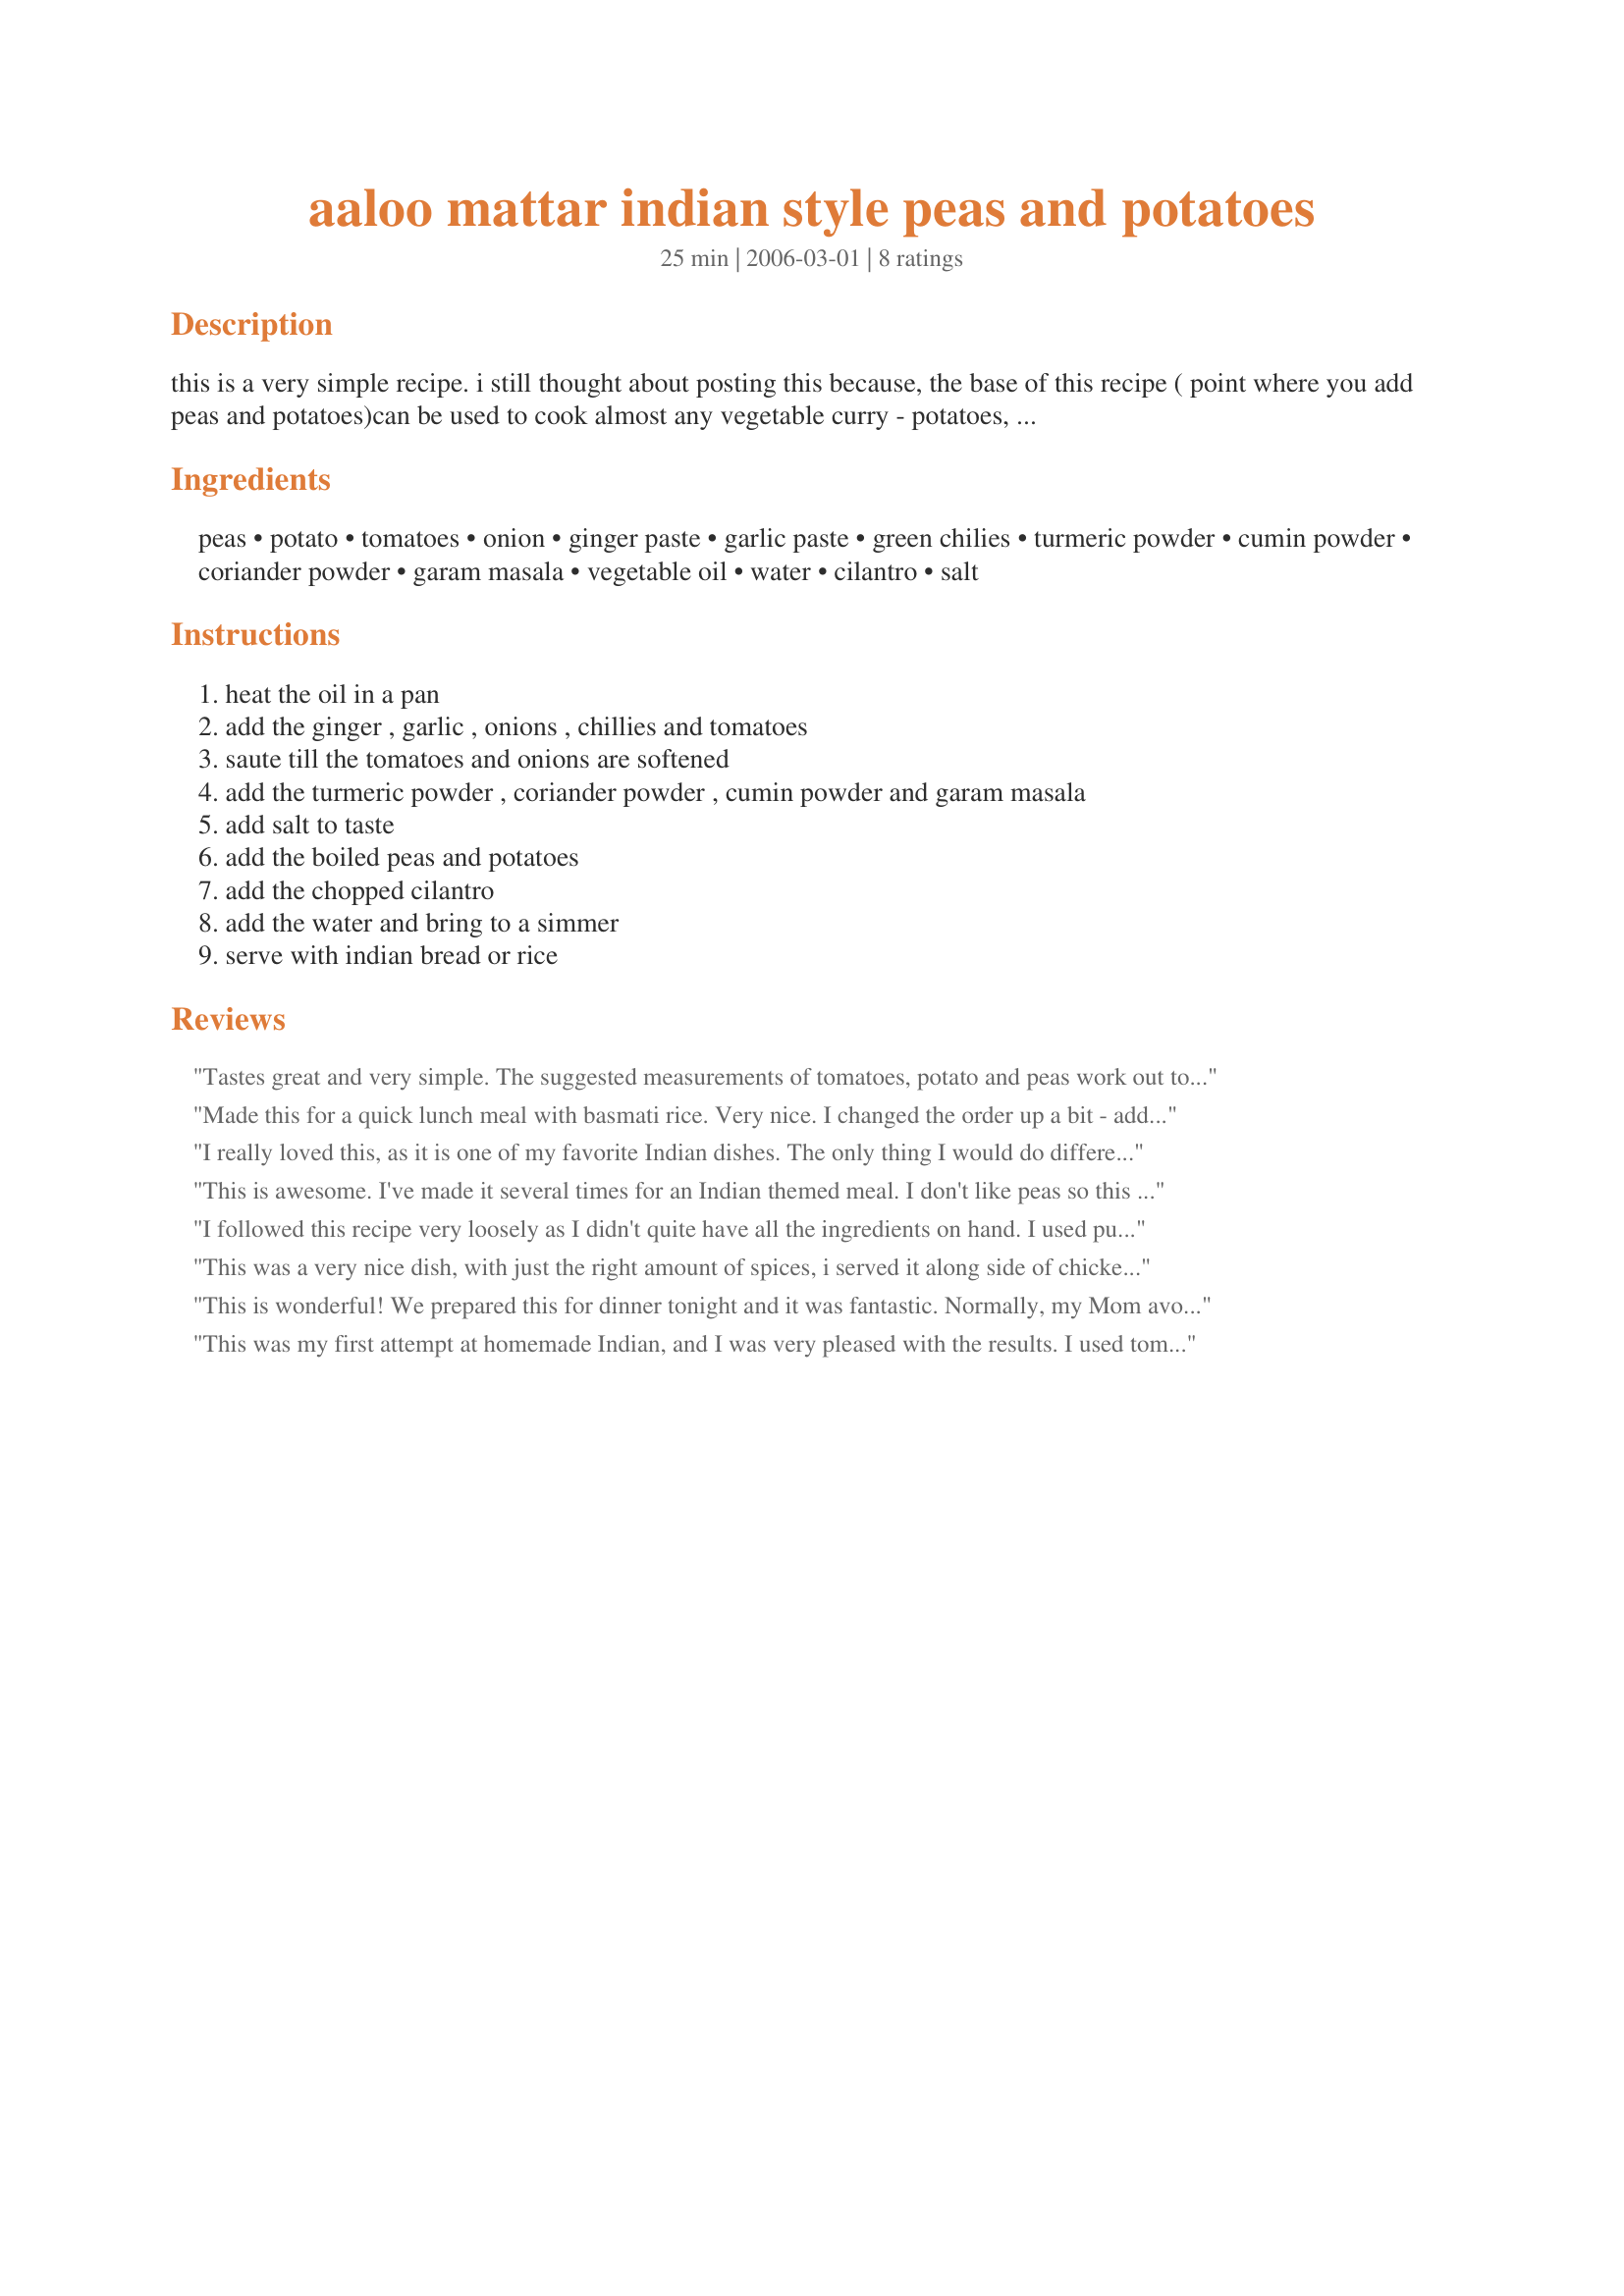
aaloo mattar indian style peas and potatoes
Preparation time: 25 minutes

this is a very simple recipe. i still thought about posting this because, the base of this recipe ( point where you add peas and potatoes)can be used to cook almost any vegetable curry - potatoes, spinach, cauliflower, capsicum , mushrooms etc.
another variation of this recipe is to use tomato puree instead of chopped tomatoes

Ingredients:
peas, potato, tomatoes, onion, ginger paste, garlic paste, green chilies, turmeric powder, cumin powder, coriander powder, garam masala, vegetable oil, water, cilantro, salt

Steps:
heat the oil in a pan, add the ginger , garlic , onions , chillies and tomatoes, saute till the tomatoes and onions are softened, add the turmeric powder , coriander powder , cumin powder and garam masala, add salt to taste, add the boiled peas and potatoes, add the chopped cilantro, add the water and bring to a simmer, serve with indian bread or rice

Reviews:
Tastes great and very simple. The suggested measurements of tomatoes, potato and peas work out to be about a can of each....this dish just got even easier! Thanks for posting, ya kitchen gun!
Made this for a quick lunch meal with basmati rice. Very nice. I changed the order up a bit - added the onions first for a couple minutes to soften, then the spices, ginger and garlic for about a half minute - to let the heat of the pan make the flavors pop, then added the chillies and tomatoes. After a few minutes I added some diced leftover boiled potatoes and frozen sweet peas and simmered for only a few minutes to heat through (I don't like my peas too cooked).

Nice balanced flavor in this curry recipe. I'll take your suggestion and use it as a base to try different combinations of veggies, etc.

Thanks Sana!
I really loved this, as it is one of my favorite Indian dishes. The only thing I would do differently is use tomato paste or tomato juice instead of fresh tomatoes, because it tasked a bit too tomatoey to me. Great recipe!!!
This is awesome. I've made it several times for an Indian themed meal. I don't like peas so this part of the meal wasn't going to be for me. As a matter of fact I never even bought peas until this dish. I did try it and for some reason in this dish I eat them and that's HUGE!!! I think the potatoes, tomatoes and spices don't make the peas taste like peas.
I followed this recipe very loosely as I didn't quite have all the ingredients on hand.
I used pumpkin as well as potato, used tin tomatoes & didn't have garam masala so just added a bit of cinnamon & nutmeg & black pepper as well, omitted the chillies & used some chilli paste & used dried coriander as that was all I had. Despite my changes this turned out great, a perfect side to my recipe #220270. Thanks!
This was a very nice dish, with just the right amount of spices, i served it along side of chicken korma and basmati rice.I had to use dried ginger, but know it would have been much nicer with fresh.
This is wonderful! We prepared this for dinner tonight and it was fantastic. Normally, my Mom avoids greenpeas and potatoes because she wouldn't like the way we used to cook 'em but when she had this, she told me she loves it and this will be a regular on our table from now. The only additional ingredient I added to the current list is 1/2 tsp. red chilli powder. We made this on the dry side so we could enjoy it with hot roti on the side. Ours has turned out a bit spicier than we normally have, so next time I will tone down the spice a bit. Thank You very much for this meal.
This was my first attempt at homemade Indian, and I was very pleased with the results. I used tomato puree and added a sliced carrot. To save time, I steamed the potatoes, peas and carrots in the microwave while I prepared the rest of the ingredients. I also used just one small green chili pepper. Served with raita (#120649), flatbread, and mango chutney. I can hardly wait to eat the leftovers!
